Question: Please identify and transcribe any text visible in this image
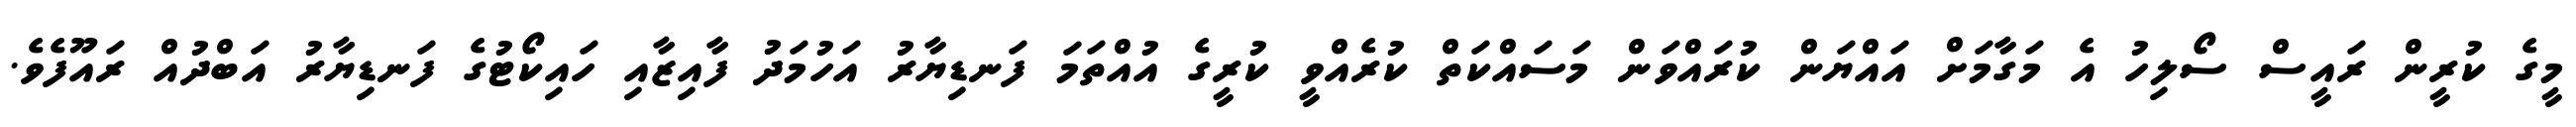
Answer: މީގެ ކުރީން ރައީސް ސޯލިހު އެ މަގާމަށް އައްޔަން ކުރައްވަން މަސައްކަތް ކުރެއްވީ ކުރީގެ އުއްތަމަ ފަނޑިޔާރު އަހުމަދު ފާއިޒާއި ހައިކޯޓުގެ ފަނޑިޔާރު އަބްދުއް ރައޫފެވެ.